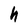
Character: h